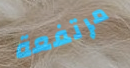
مرتفعة